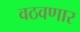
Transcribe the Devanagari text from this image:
वठवणार